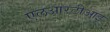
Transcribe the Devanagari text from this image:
एलआरटीआइ